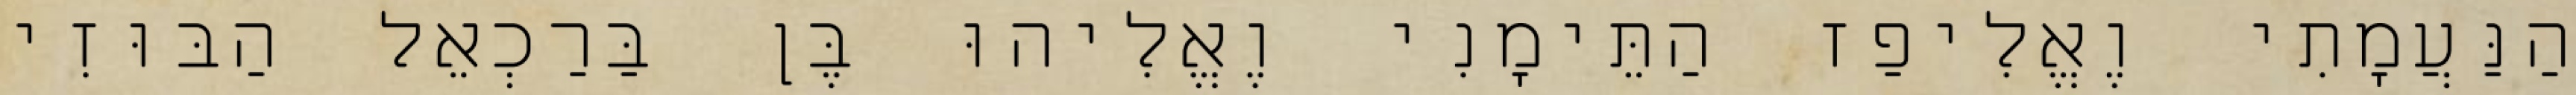
הַנַּעֲמָתִי וֶאֱלִיפַז הַתֵּימָנִי וֶאֱלִיהוּ בֶּן בַּרַכְאֵל הַבּוּזִי